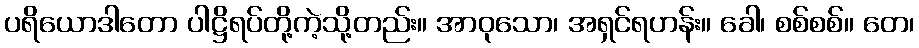
ပရိယောဒါတော ပါဋ္ဌိရပ်တို့ကဲ့သို့တည်း။ အာဝုသော၊ အရှင်ရဟန်း။ ခေါ၊ စစ်စစ်။ တေ၊